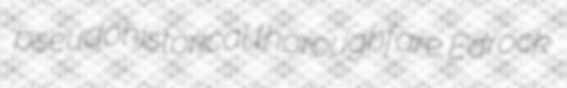
pseudohistorical thoroughfare Edrock